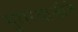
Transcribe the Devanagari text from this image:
मुरारबाजीने